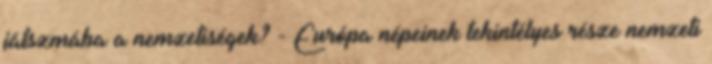
játszmába a nemzetiségek? - Európa népeinek tekintélyes része nemzeti